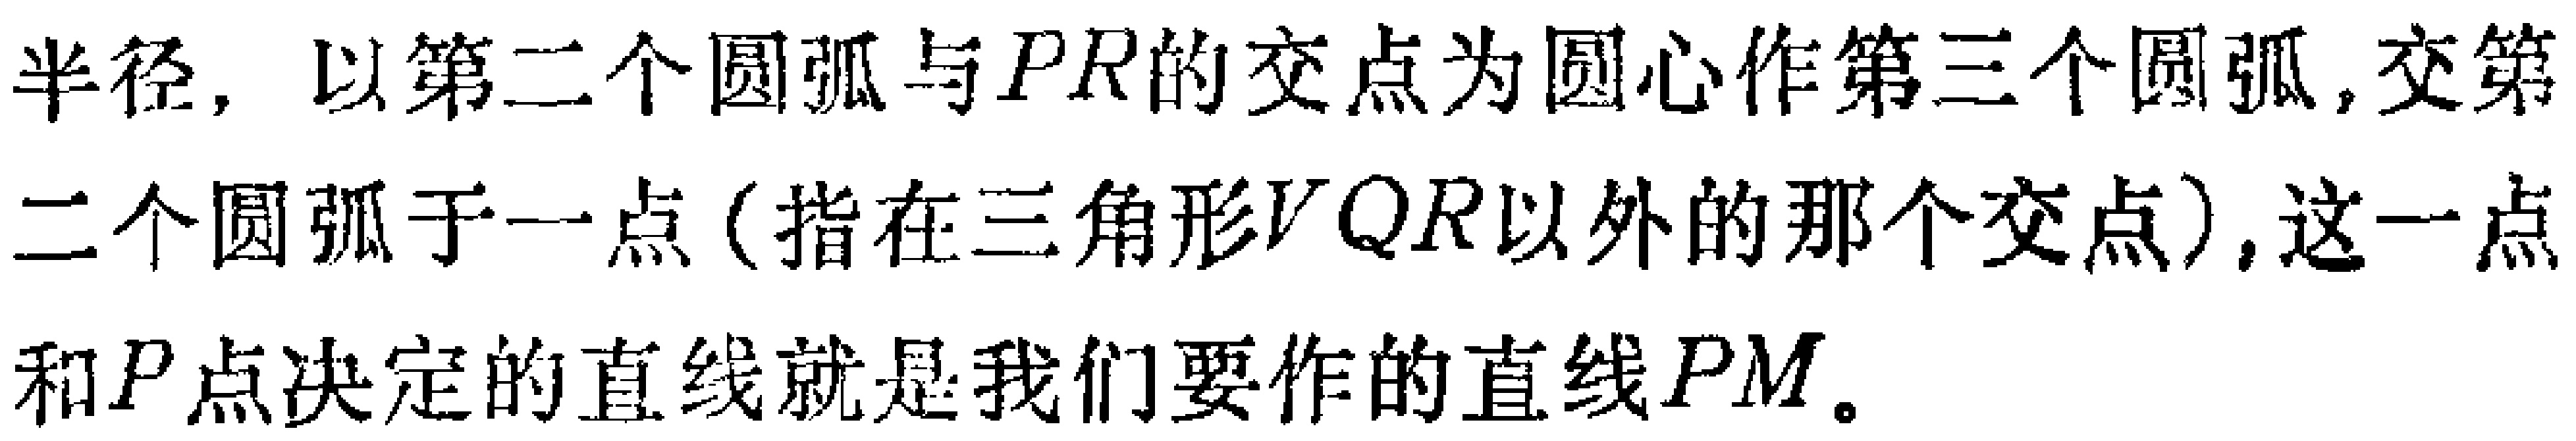
半径，以第二个圆弧与\(PR\)的交点为圆心作第三个圆弧,交第二个圆弧于一点（指在三角形\(VQR\)以外的那个交点）,这一点和\(P\)点决定的直线就是我们要作的直线\(PM\)。